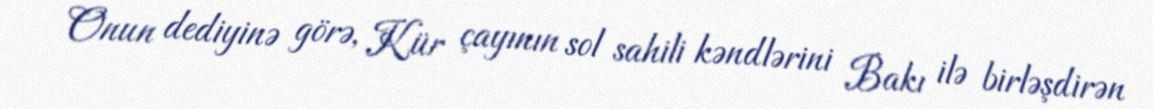
Onun dediyinə görə, Kür çayının sol sahili kəndlərini Bakı ilə birləşdirən